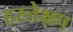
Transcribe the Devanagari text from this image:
हस्तेक्षप